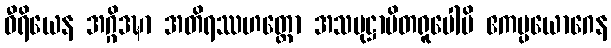
ဝီရိယေန အဂ္ဂိဒဍ္ဎာ အတိရဿဟတ္ထော အသမုဋ္ဌာပိတရူပေါပိ ဧကပ္ပယောဂေန